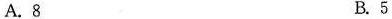
A.8 B.5